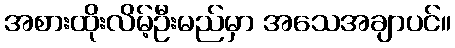
အစားထိုးလိမ့်ဦးမည်မှာ အသေအချာပင်။